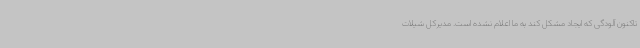
تاکنون آلودگی که ایجاد مشکل کند به ما اعلام نشده است. مدیرکل شیلات